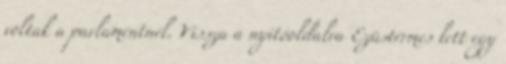
voltak a parlamentnél. Vissza a nyitóoldalra Ezüstérmes lett egy